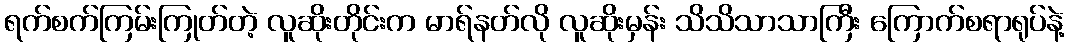
ရက်စက်ကြမ်းကြုတ်တဲ့ လူဆိုးတိုင်းက မာရ်နတ်လို လူဆိုးမှန်း သိသိသာသာကြီး ကြောက်စရာရုပ်နဲ့